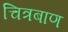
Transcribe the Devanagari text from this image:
चित्रबाण